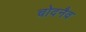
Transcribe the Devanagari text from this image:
चोदनैव